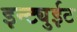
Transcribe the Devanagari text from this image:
इन्ट्युईट